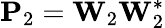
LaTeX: \mathbf{P}_{2}=\mathbf{W}_{2}\mathbf{W}_{2}^{*}